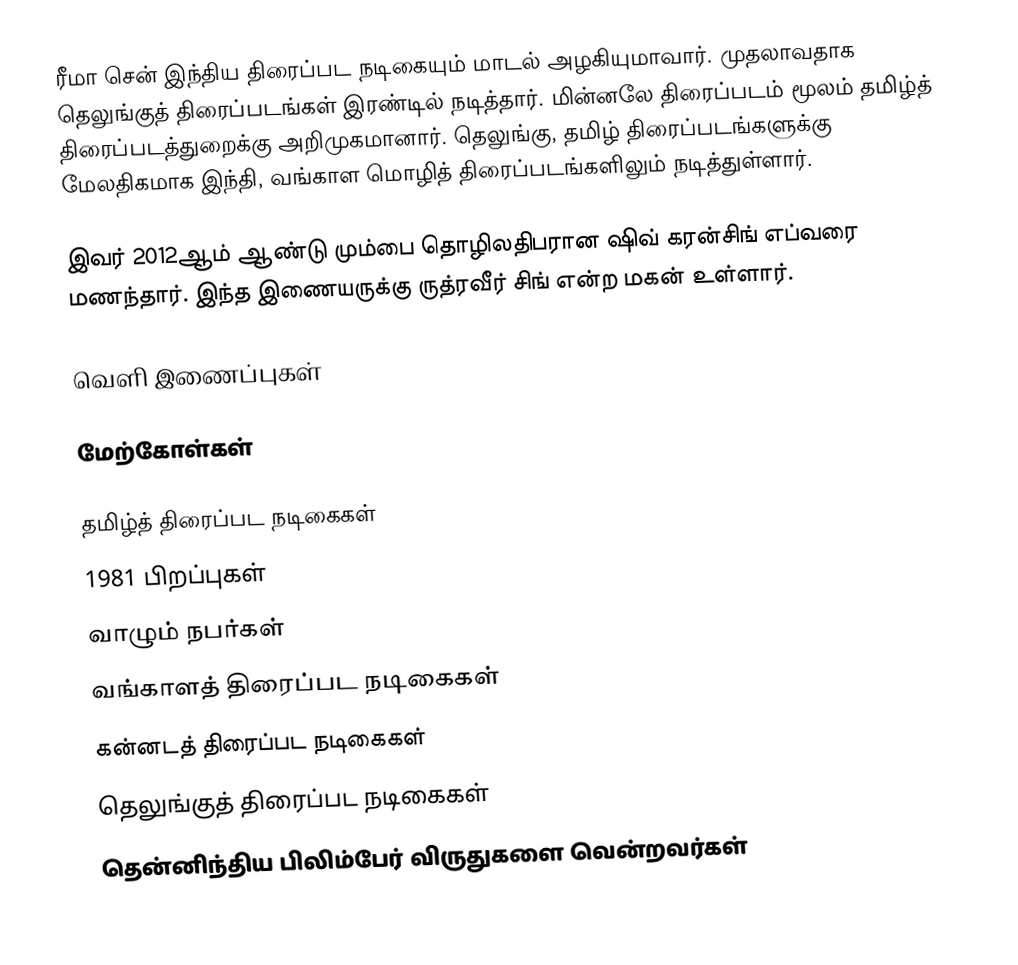
ரீமா சென் இந்திய திரைப்பட நடிகையும் மாடல் அழகியுமாவார். முதலாவதாக தெலுங்குத் திரைப்படங்கள் இரண்டில் நடித்தார். மின்னலே திரைப்படம் மூலம் தமிழ்த் திரைப்படத்துறைக்கு அறிமுகமானார். தெலுங்கு, தமிழ் திரைப்படங்களுக்கு மேலதிகமாக இந்தி, வங்காள மொழித் திரைப்படங்களிலும் நடித்துள்ளார்.

இவர் 2012ஆம் ஆண்டு மும்பை தொழிலதிபரான ஷிவ் கரன்சிங் எப்வரை மணந்தார். இந்த இணையருக்கு ருத்ரவீர் சிங் என்ற மகன் உள்ளார்.

வெளி இணைப்புகள்

மேற்கோள்கள்

தமிழ்த் திரைப்பட நடிகைகள்
1981 பிறப்புகள்
வாழும் நபர்கள்
வங்காளத் திரைப்பட நடிகைகள்
கன்னடத் திரைப்பட நடிகைகள்
தெலுங்குத் திரைப்பட நடிகைகள்
தென்னிந்திய பிலிம்பேர் விருதுகளை வென்றவர்கள்